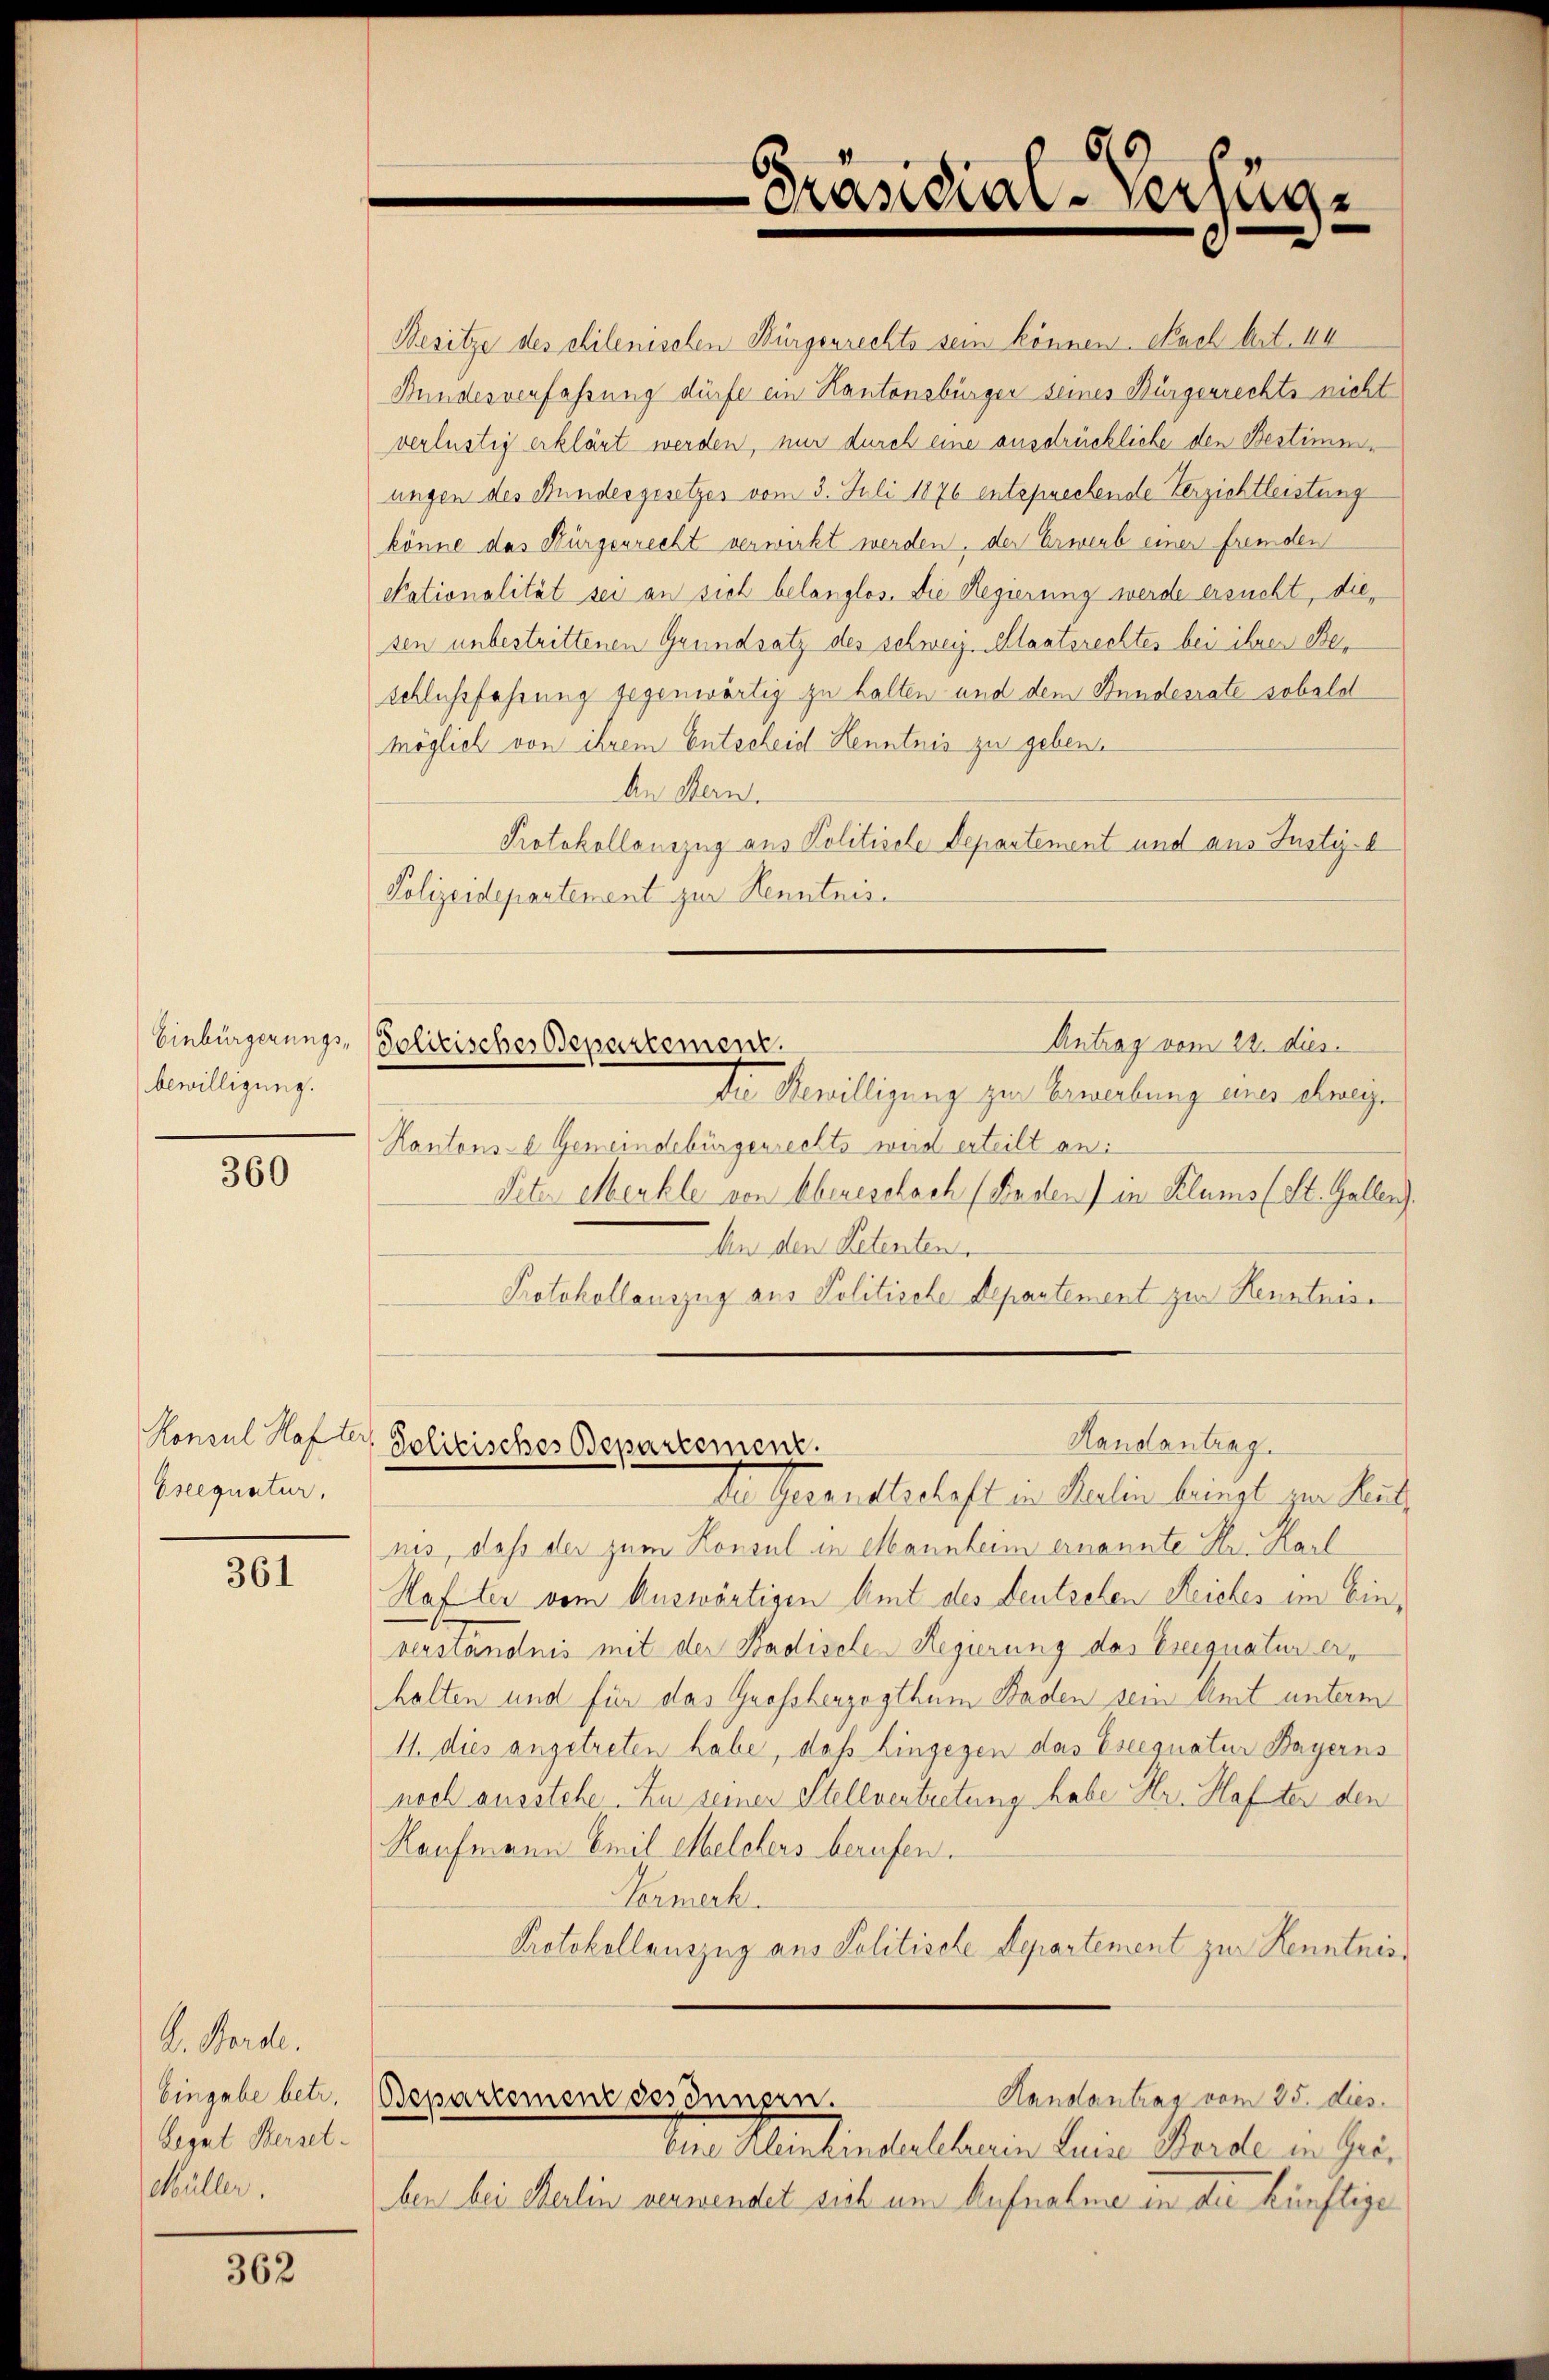
Einbürgerungsbewilligung.

360

Konsul Hafter,
Eseequatur.

361

A. Werde.
Eingabe betr.
Legat Berset¬
Müller.

362

Besitze des chilenischen Bürgenrechts sein können. Nach Art. III
Bundesverfahrung dürfe ein Kantonsbürger seines Bürgerrechts nicht
verlustig erklärt werden, nur durch eine ausdrückliche den Bestimmungen des Bundesgesetzes vom 3. Juli 1876 entsprechende Verzichtleistung
könne das Bürgerrecht verwirkt werden, der Erwerb einer fremden
Nationalität sei an sich belanglos. Die Regierung werde ersucht, diesen unbestrittenen Grundsatz des schweiz. Staatsrechtes bei ihren Beschlussfahrung gegenwärtig zu halten und dem Bundesrate sobald
möglich von ihrem Entscheid Kenntnis zu geben.
An Stern.
Protokollauszug aus Politische Departement und aus Justyl
Polizeidepartement zur Kenntnis.

69
Präsidial-Verfüg

Die Bewilligung zur Erwerbung eines chwei¬
Kantons- Gemeindebürgerrechts wird erteilt an:
Peter ebenkle von Ebeneschach (Faden) in Klums (St. Galler.
An den Petenten.
Protokollauszug aus Politische Departement zur Kenntnis.

Antrag vom 22. dies
Solitisches Departement.

den Gesandtschaft in Melin bringt von Heil
nis, daß der zum Konsul in Mannheim ernannte Hr. Karl
Hafter vom Auswärtigen Amt des Deutschen Reiches im Ein¬
Herständnis mit der Stadisele Regierung des Ereignatur erhalten und für das Großherzogthum Baden sein Amt unterm
11. dies angetreten habe, daß Eingegen das Eseegnatur Bayerns
noch ausstehe. Zu seinen Stellvertretung habe Hr. Hafter den
Kaufmann Emil Melchers berufen.
Formerk
Protokollauszug aus Politische Departement zur Kenntnis
Bepartement des Innern.
Randantrag vom 25. dies
Ver Mentinstellenen Lein Werde in Geben bei Merlin verwendet sich um Aufnahme in die künftige

Handantrag
Politisches Departement.